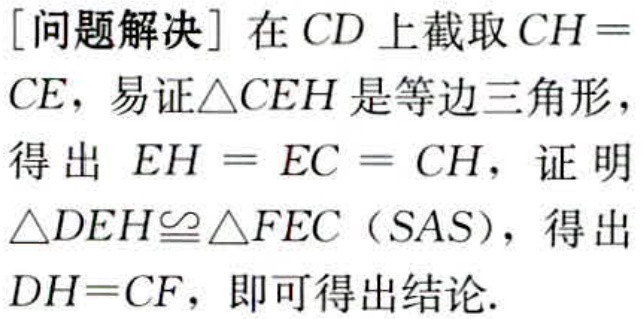
[问题解决] 在 \(CD\) 上截取 \(CH = CE\)，易证\(\triangle CEH\)是等边三角形，得出 \(EH = EC = CH\)，证明\(\triangle DEH\cong\triangle FEC\)（SAS），得出 \(DH = CF\)，即可得出结论.